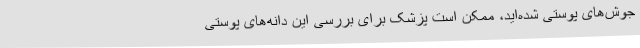
جوش‌های پوستی شده‌اید، ممکن است پزشک برای بررسی این دانه‌های پوستی